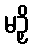
မဉှိ